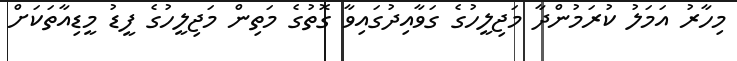
މިހާރު އަމަލު ކުރަމުންދާ މަޖިލީހުގެ ގަވާއިދުގައިވާ ގޮތުގެ މަތިން މަޖިލީހުގެ ފީޑު މީޑިއާތަކަށް